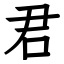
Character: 君